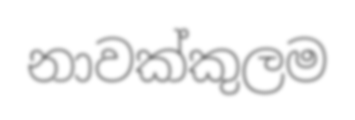
නාවක්කුලම